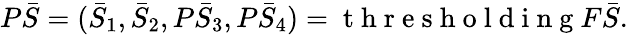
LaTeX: P\bar{S}=(\bar{S}_{1},\bar{S}_{2},P\bar{S}_{3},P\bar{S}_{4})=\mathrm{~t~h~r~e~s~h~o~l~d~i~n~g~}F\bar{S}.